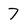
Character: 7